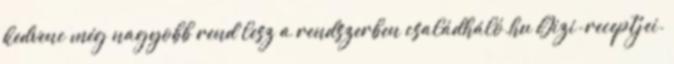
kedvenc még nagyobb rend lesz a rendszerben családháló.hu Gizi-receptjei.